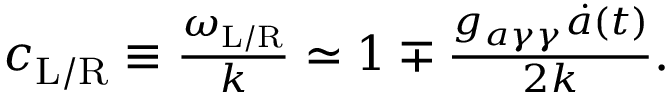
\begin{array} { r } { c _ { \mathrm { L } / \mathrm { R } } \equiv \frac { \omega _ { \mathrm { L } / \mathrm { R } } } { k } \simeq 1 \mp \frac { g _ { a \gamma \gamma } \dot { a } ( t ) } { 2 k } . } \end{array}